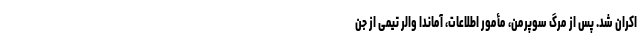
اکران شد. پس از مرگ سوپرمن، مأمور اطلاعات، آماندا والر تیمی از جن